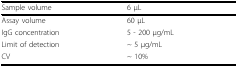
<table><thead><tr><td><b>Sample volume</b></td><td><b>6 μL</b></td></tr></thead><tbody><tr><td>Assay volume</td><td>60 μL</td></tr><tr><td>IgG concentration</td><td>5 - 200 μg/mL</td></tr><tr><td>Limit of detection</td><td>~ 5 μg/mL</td></tr><tr><td>CV</td><td>~ 10%</td></tr></tbody></table>